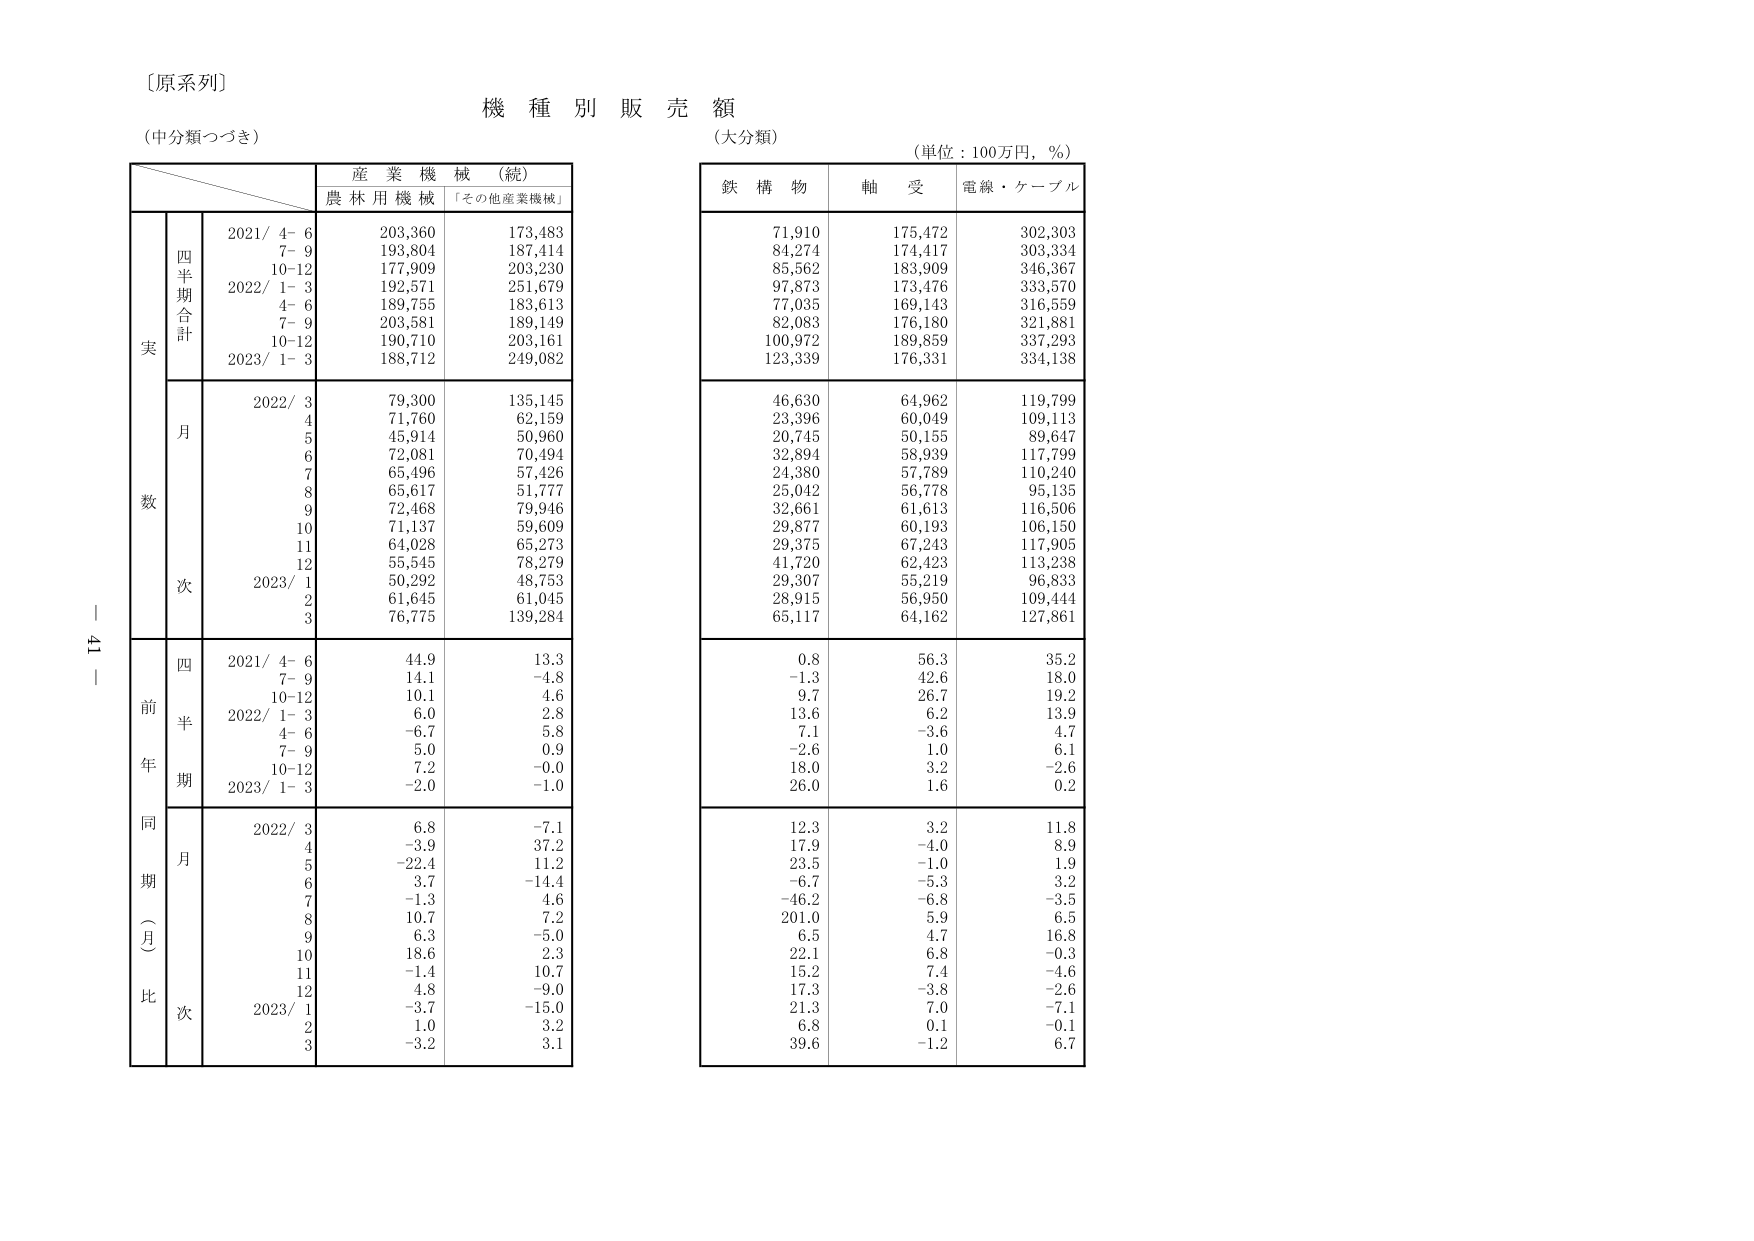
〔原系列〕
機 種 別 販 売 額
（中分類つづき）
（大分類）
（単位：100万円，％）

産 業 機 械 （続）
農 林 用 機 械 「その他産業機械」

鉄 構 物 軸 受 電線・ケーブル

実
四半期合計
2021/ 4- 6 203,360 173,483
7- 9 193,804 187,414
10-12 177,909 203,230
2022/ 1- 3 192,571 251,679
4- 6 189,755 183,613
7- 9 203,581 189,149
10-12 190,710 203,161
2023/ 1- 3 188,712 249,082

月
2022/ 3 79,300 135,145
4 71,760 62,159
5 45,914 50,960
6 72,081 70,494
7 65,496 57,426
8 65,617 51,777
9 72,468 79,946
10 71,137 59,609
11 64,028 65,273
12 55,545 78,279
2023/ 1 50,292 48,753
2 61,645 61,045
3 76,775 139,284

前年同期（月）比
四半期
2021/ 4- 6 44.9 13.3
7- 9 14.1 -4.8
10-12 10.1 4.6
2022/ 1- 3 6.0 2.8
4- 6 -6.7 5.8
7- 9 5.0 0.9
10-12 7.2 -0.0
2023/ 1- 3 -2.0 -1.0

月
2022/ 3 6.8 -7.1
4 -3.9 37.2
5 -22.4 11.2
6 3.7 -14.4
7 -1.3 4.6
8 10.7 7.2
9 6.3 -5.0
10 18.6 2.3
11 -1.4 10.7
12 4.8 -9.0
2023/ 1 -3.7 -15.0
2 1.0 3.2
3 -3.2 3.1

71,910 175,472 302,303
84,274 174,417 303,334
85,562 183,909 346,367
97,873 173,476 333,570
77,035 169,143 316,559
82,083 176,180 321,881
100,972 189,859 337,293
123,339 176,331 334,138

46,630 64,962 119,799
23,396 60,049 109,113
20,745 50,155 89,647
32,894 58,939 117,799
24,380 57,789 110,240
25,042 56,778 95,135
32,661 61,613 116,506
29,877 60,193 106,150
29,375 67,243 117,905
41,720 62,423 113,238
29,307 55,219 96,833
28,915 56,950 109,444
65,117 64,162 127,861

0.8 56.3 35.2
-1.3 42.6 18.0
9.7 26.7 19.2
13.6 6.2 13.9
7.1 -3.6 4.7
-2.6 1.0 6.1
18.0 3.2 -2.6
26.0 1.6 0.2

12.3 3.2 11.8
17.9 -4.0 8.9
23.5 -1.0 1.9
-6.7 -5.3 3.2
-46.2 -6.8 -3.5
201.0 5.9 6.5
6.5 4.7 16.8
22.1 6.8 -0.3
15.2 7.4 -4.6
17.3 -3.8 -2.6
21.3 7.0 -7.1
6.8 0.1 -0.1
39.6 -1.2 6.7

ー 41 ー